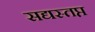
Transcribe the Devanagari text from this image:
सद्यस्तप्त